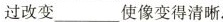
过改变___使像变得清晰.